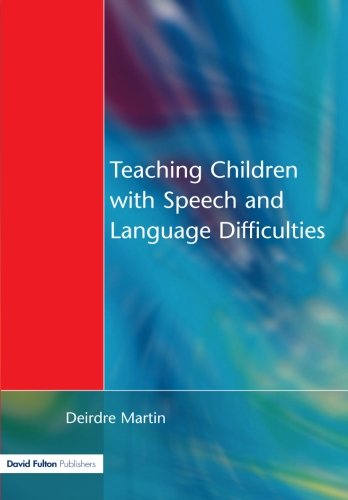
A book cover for Teaching Children with Speech and Language Difficulties; Deirdre Martin; Medical Books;